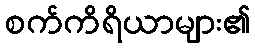
စက်ကိရိယာများ၏